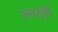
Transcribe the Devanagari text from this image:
करतूतोें